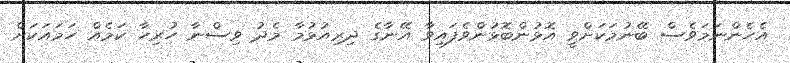
އެހެންނަމަވެސް ބޭނުމަކަށްވީ އޮޅުންބޮޅުންވެފައިވާ އޭނާގެ ދިރިއުޅުމާ މެދު ވިސްނާ ހުރިހާ ކަމެއް ހަމައަކަށް